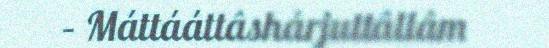
– Máttááttâshárjuttâllâm